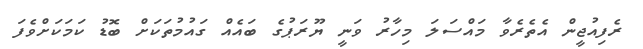
ރެފިއުޖީން އެތެރެވާ މައްސަލަ މިހާރު ވަނީ ޔޫރަޕުގެ ބައެއް ގައުމުތަކަށް ބޮޑު ކަމަކަށްވެފަ